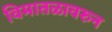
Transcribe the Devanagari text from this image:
विमातळावरुन